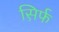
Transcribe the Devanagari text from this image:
स़िर्फ